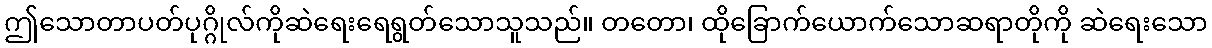
ဤသောတာပတ်ပုဂ္ဂိုလ်ကိုဆဲရေးရေရွတ်သောသူသည်။ တတော၊ ထိုခြောက်ယောက်သောဆရာတိုကို ဆဲရေးသော